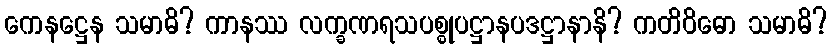
ကေနဋ္ဌေန သမာဓိ? ကာနဿ လက္ခဏရသပစ္စုပဋ္ဌာနပဒဋ္ဌာနာနိ? ကတိဝိဓော သမာဓိ?